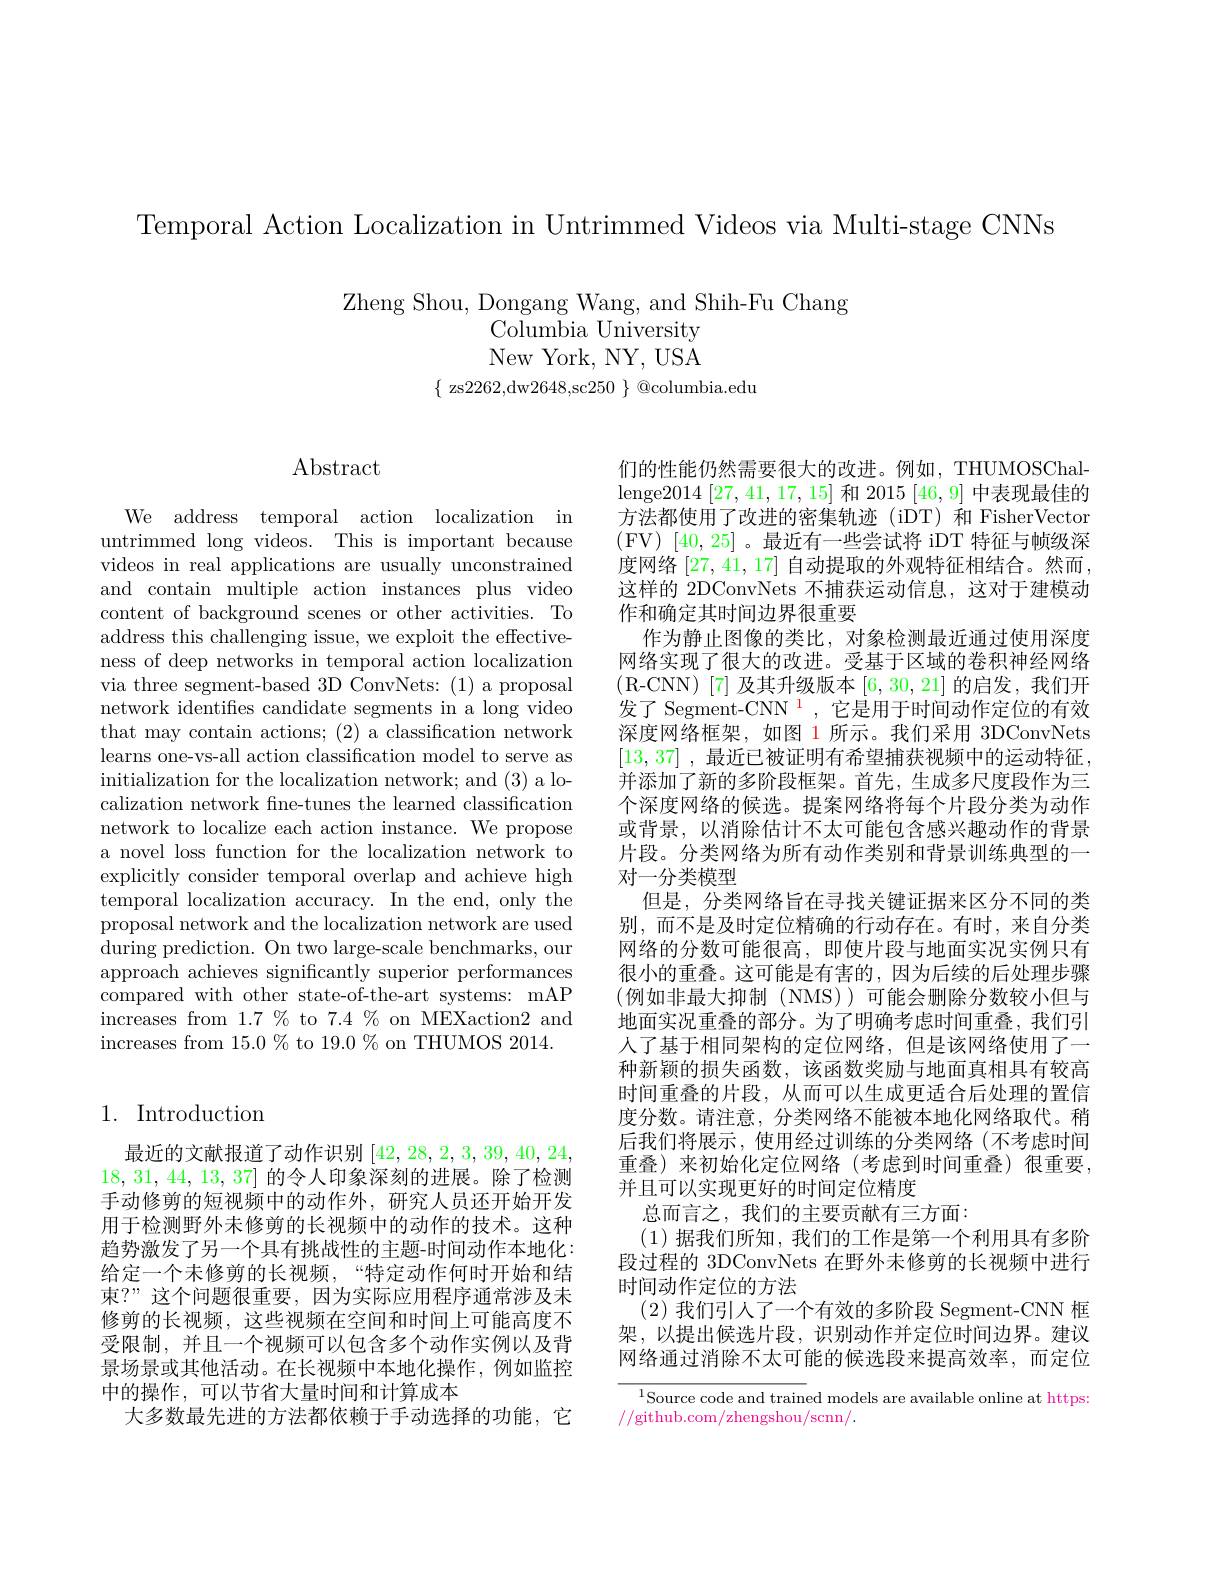
Temporal Action Localization in Untrimmed Videos via Multi-stage CNNs

Zheng Shou, Dongang Wang, and Shih-Fu Chang
Columbia University New York, NY, USA
$\{$ zs2262,dw2648,sc250 $\}$ @columbia.edu

$\operatorname{Abstract}$

We address temporal action localization in untrimmed long videos. This is important because videos in real applications are usually unconstrained and contain multiple action instances plus video content of background scenes or other activities. To address this challenging issue, we exploit the effectiveness of deep networks in temporal action localization via three segment-based 3D ConvNets: (1) a proposal network identifies candidate segments in a long video that may contain actions; (2) a classification network learns one-vs-all action classification model to serve as initialization for the localization network; and (3) a localization network fine-tunes the learned classification network to localize each action instance. We propose a novel loss function for the localization network to explicitly consider temporal overlap and achieve high temporal localization accuracy. In the end, only the $\dot{\text{proposal network and the localization network are used}}$ during prediction. On two large-scale benchmarks, our approach achieves significantly superior performances compared with other state-of-the-art systems: mAP increases from 1.7 % to 7.4 % on MEXaction2 and increases from 15.0 % to 19.0 % on THUMOS 2014.

## 1. Introduction

最近的文献报道了动作识别[42,28,2,3,39,40,24, 18,31, 44, 13, 37]的令人印象深刻的进展。除了检测手动修剪的短视频中的动作外，研究人员还开始开发用于检测野外未修剪的长视频中的动作的技术。这种趋势激发了另一个具有挑战性的主题-时间动作本地化： 给定一个未修剪的长视频，“特定动作何时开始和结束？”这个问题很重要，因为实际应用程序通常涉及未修剪的长视频，这些视频在空间和时间上可能高度不受限制，并且一个视频可以包含多个动作实例以及背景场景或其他活动。在长视频中本地化操作，例如监控中的操作，可以节省大量时间和计算成本
大多数最先进的方法都依赖于手动选择的功能，它

们的性能仍然需要很大的改进。例如，THUMOSChallenge$2014\left[27,41,17,15\right]$和$2015\left[46,9\right]$中表现最佳的方法都使用了改进的密集轨迹(iDT)和 FisherVector (FV)[40,25]。最近有一些尝试将 iDT 特征与帧级深度网络[27,41,17]自动提取的外观特征相结合。然而， 这样的 2DConvNets 不捕获运动信息，这对于建模动作和确定其时间边界很重要
作为静止图像的类比，对象检测最近通过使用深度网络实现了很大的改进。受基于区域的卷积神经网络(R-CNN)[7] 及其升级版本[6,30,21]的启发，我们开发了 Segment-CNN $^{1}$,它是用于时间动作定位的有效深度网络框架，如图 1 所示。我们采用 3DConvNets [13,37] , 最近已被证明有希望捕获视频中的运动特征， 并添加了新的多阶段框架。首先，生成多尺度段作为三个深度网络的候选。提案网络将每个片段分类为动作或背景，以消除估计不太可能包含感兴趣动作的背景片段。分类网络为所有动作类别和背景训练典型的一对一分类模型
但是，分类网络旨在寻找关键证据来区分不同的类别，而不是及时定位精确的行动存在。有时，来自分类网络的分数可能很高，即使片段与地面实况实例只有很小的重叠。这可能是有害的，因为后续的后处理步骤(例如非最大抑制(NMS))可能会删除分数较小但与地面实况重叠的部分。为了明确考虑时间重叠，我们引人了基于相同架构的定位网络，但是该网络使用了一种新颖的损失函数，该函数奖励与地面真相具有较高时间重叠的片段，从而可以生成更适合后处理的置信度分数。请注意，分类网络不能被本地化网络取代。稍后我们将展示，使用经过训练的分类网络(不考虑时间重叠)来初始化定位网络(考虑到时间重叠)很重要， 并且可以实现更好的时间定位精度
总而言之，我们的主要贡献有三方面：
(1)据我们所知，我们的工作是第一个利用具有多阶段过程的 3DConvNets 在野外未修剪的长视频中进行时间动作定位的方法
(2)我们引人了一个有效的多阶段 Segment-CNN 框架，以提出候选片段，识别动作并定位时间边界。建议网络通过消除不太可能的候选段来提高效率，而定位
$^{1}$Source code and trained models are available online at https:

//github.com/zhengshou/scnn/.